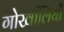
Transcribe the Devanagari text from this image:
गोर्खालियोँ